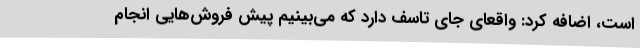
است، اضافه کرد: واقعای جای تاسف دارد که می‌بینیم پیش فروش‌هایی انجام